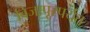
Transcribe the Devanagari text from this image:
विजापूरपर्यंत